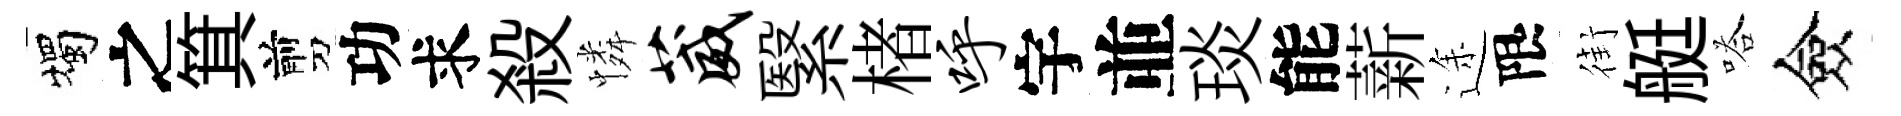
燭之箕剪功求殺憐葳繄楮呼宇並琰能薪途限街艇嗒僉